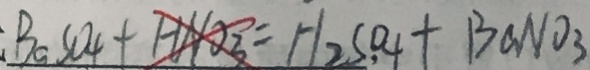
: B a S O _ { 4 } + H N O _ { 3 } = H _ { 2 } S O _ { 4 } + B a N O _ { 3 }